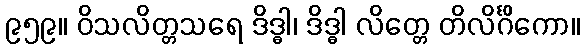
၉၅၉။ ဝိသလိတ္တသရေ ဒိဒ္ဓါ၊ ဒိဒ္ဓါ လိတ္တေ တိလိင်္ဂိကော။